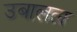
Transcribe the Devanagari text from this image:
उबालता